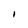
Character: I